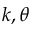
k , \theta